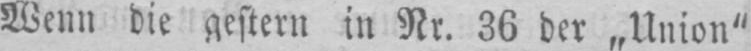
Wenn die gestern in Nr. 36 der „Union“